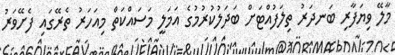
މާލޭ ވިޔަފާރި ބަނދަރު ތިލަފުއްޓަށް ބަދަލުކުރުމުގެ އަމަލީ މަސައްކަތް މިއަހަރު ތެރޭގައި ފެށޭވަރު